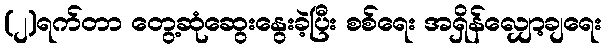
(၂)ရက်တာ တွေ့ဆုံဆွေးနွေးခဲ့ပြီး စစ်ရေး အရှိန်လျှော့ချရေး